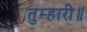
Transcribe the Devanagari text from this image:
तुम्हारी॥